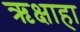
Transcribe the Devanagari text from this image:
ऋक्षाहा